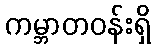
ကမ္ဘာတဝန်းရှိ